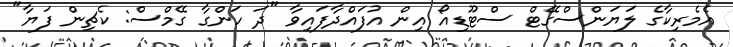
އެމެރިކާގެ ލަޔަންސްގޭޓް ސްޓޫޑިއޯ އިން އުފައްދާފައިވާ "ދަ ހަންގާ ގޭމްސް: ކެޗިން ފަޔާ"